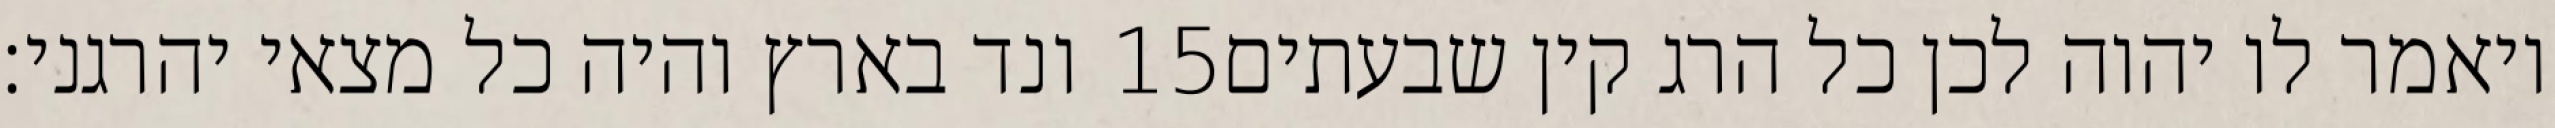
ונד בארץ והיה כל מצאי יהרגני׃ ‎15‏ ויאמר לו יהוה לכן כל הרג קין שבעתים